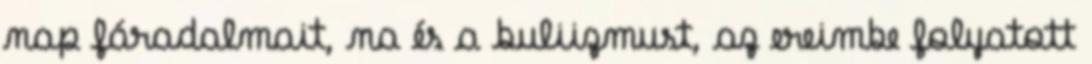
nap fáradalmait, na és a buliizmust, az ereimbe folyatott